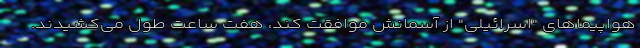
هواپیماهای "اسرائیلی" از آسمانش موافقت کند، هفت ساعت طول می‌کشیدند.